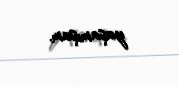
yaşamışam.